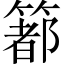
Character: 𥳉